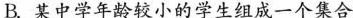
B.某中学年龄较小的学生组成一个集合